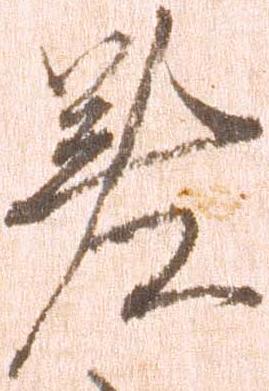
差